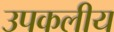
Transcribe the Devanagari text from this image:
उपकलीय